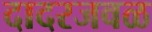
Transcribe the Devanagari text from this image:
दादरजवळ